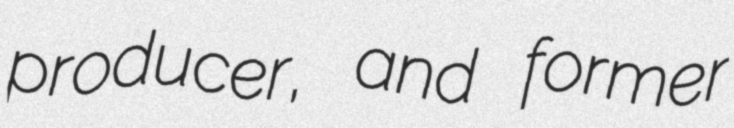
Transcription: producer, and former